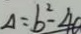
\Delta = b ^ { 2 } - 4 0